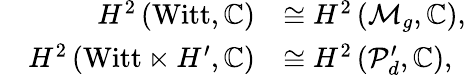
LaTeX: \begin{array}{rl}{H^{2}\left(\mathrm{Witt},\mathbb{C}\right)}&{\cong H^{2}\left(\mathcal{M}_{g},\mathbb{C}\right),}\\ {\quad H^{2}\left(\mathrm{Witt}\ltimes H^{\prime},\mathbb{C}\right)}&{\cong H^{2}\left(\mathcal{P}_{d}^{\prime},\mathbb{C}\right),}\end{array}